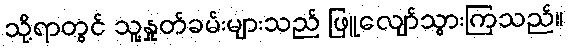
သို့ရာတွင် သူ့နှုတ်ခမ်းများသည် ဖြူလျော်သွားကြသည်။